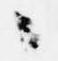
々